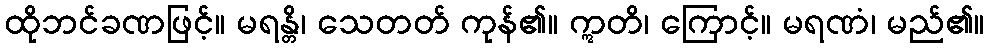
ထိုဘင်ခဏဖြင့်။ မရန္တိ၊ သေတတ် ကုန်၏။ ဣတိ၊ ကြောင့်။ မရဏံ၊ မည်၏။